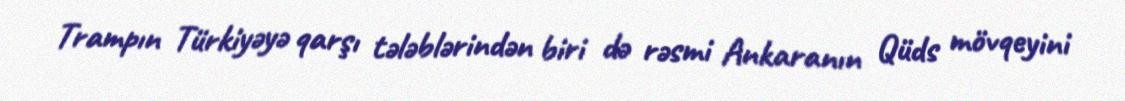
Trampın Türkiyəyə qarşı tələblərindən biri də rəsmi Ankaranın Qüds mövqeyini